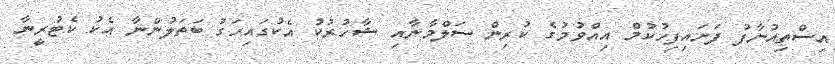
އިސްތިއުނާފު ފަށައިފިހުކުމް އިއްވުމުގެ ކުރިން ސަލްމާނާއި ޝާހުރުކު އެކުގައިހަގު ބަތަލުންނާ އެކު ކެޓުރީނާ